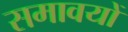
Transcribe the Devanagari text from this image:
समावयों